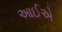
આઈએ